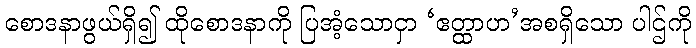
စောဒနာဖွယ်ရှိ၍ ထိုစောဒနာကို ပြအံ့သောငှာ ‘ဧတ္ထာဟ’အစရှိသော ပါဌ်ကို